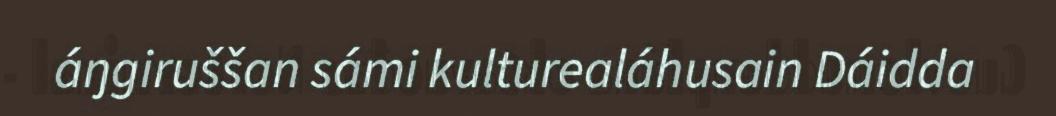
áŋgiruššan sámi kulturealáhusain Dáidda